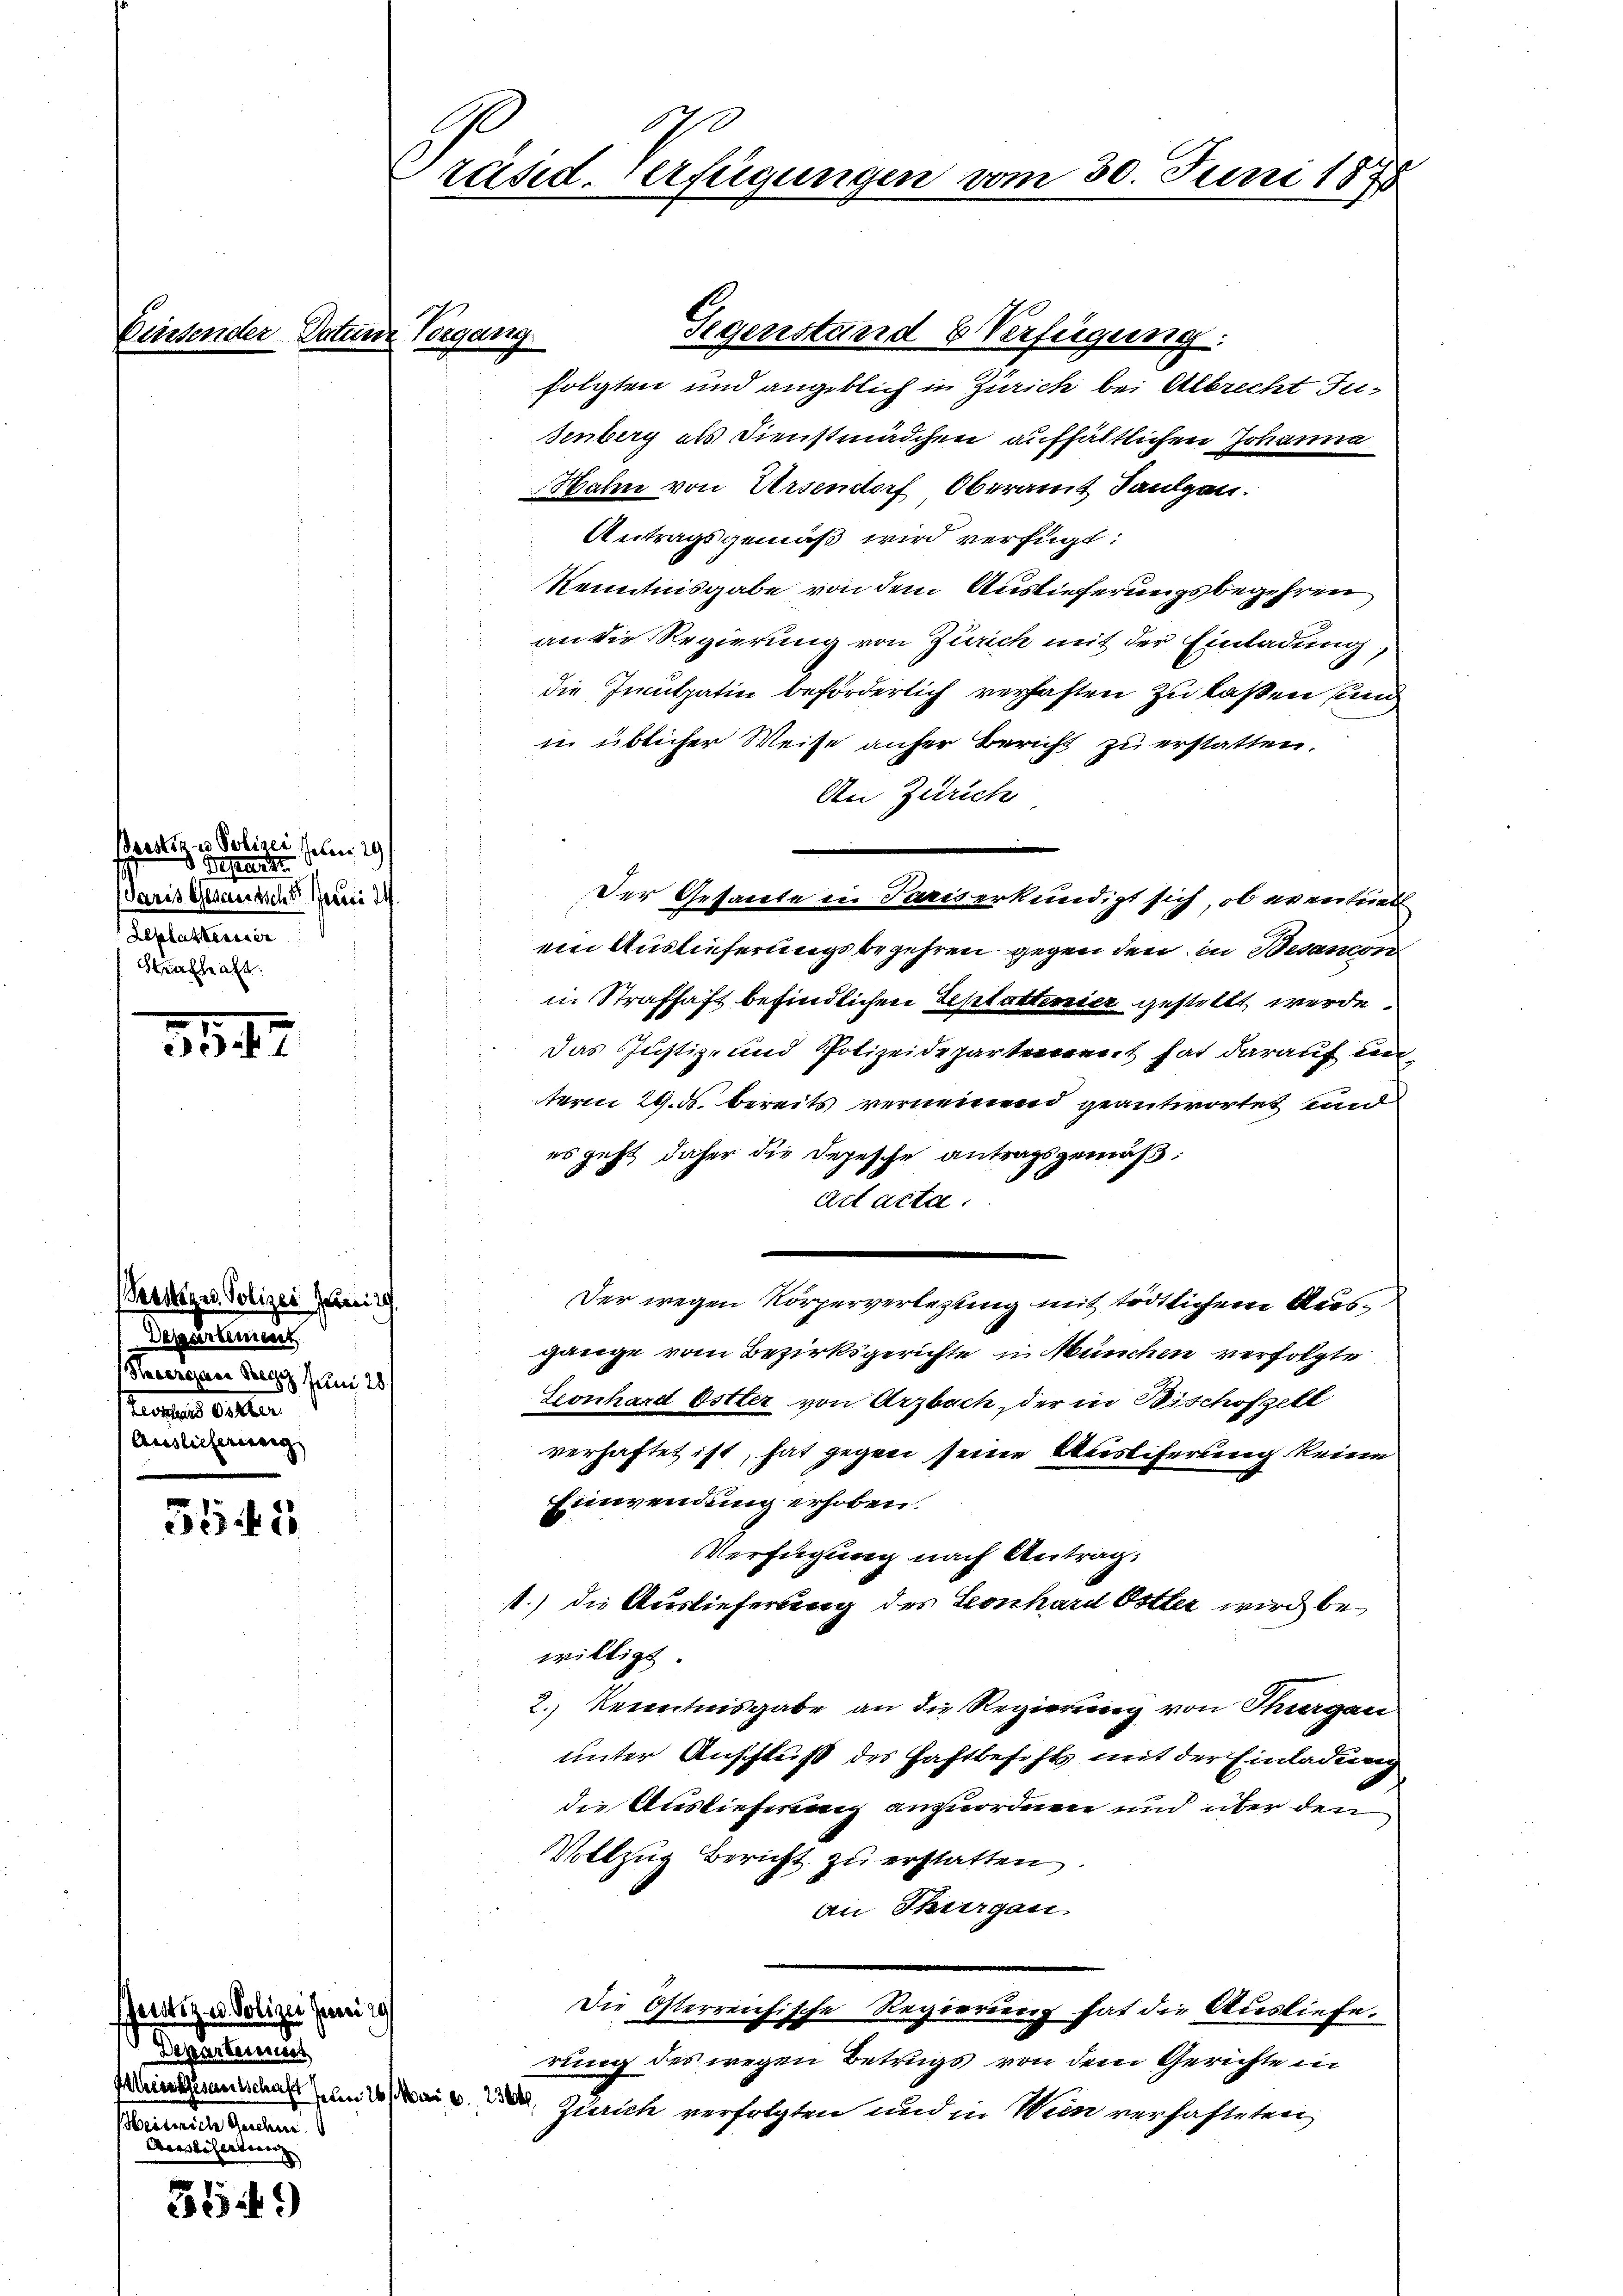
Penn

der

Berster in Polizei Jelen 29
Depart
Paris Gesamtscht. Juni 14
eptationen
Strafhaft.

3547.

Pessige Polizei Juni 19
Departement
Revergan Bregg Juni 28.
ement ellen
Auslicherung

354. 1

Peustiz u. Polizei Junii
Departenus
tenannte heuten
Auisesserling

359)

0
Präsid. Verfügungen vom 30. Juni 1888

Vatane Vorgang

Gegenstand & Verfügung:
folgten und angeblich in Zürich bei Albrecht Jusenberg als Dienstmädchen aufhältlichen Johanna.
Wahn von Versendorf Oberamt Saulgen.
Antragsgemäß wird verfügt:
Kenntnisgabe von dem Auslieferungsbegehren
an die Regierung von Zürich mit der Einladung,
die Inculpatin beförderlich verhaften zu laßen und
in üblicher Weise anfer Bericht zu erstatten.
An Zürich
Der Gesacte in Paris erkundigt sich, ob eventuell
ein Auslieferungsbegehren gegen den in Besamcon
in Strafhaft befindlichen Teplattenier gestellt werde.
das Justiz- und Polizeidepartement hat darauf un
term 29. ds. bereits verneinend geantwortet und
es geht daher die Depesche antragsgemäß,
ad acta.
Der wegen Körperverlegung mit tödtlichem Ausgänge vom Bezirksgerichte in München verfolgte
Exonhard Ostter von Arzbach, der in Bischofzell
verhaftet ist, hat gegen seine Abesliferung keine
Einwendung erhoben.
Verfügung nach Antrag,
1.) die Auslieferung des Leonhard Oster wird bewilligt
2.) Kenntnisgabe an die Regierung von Thurgau
unter Anschluß des Haftbefehls mit der Einladung
die Auslieferung anzuordnen und über den
Vollzug Bericht zu erstatten
An Thurgau
Die Osterreichische Regierung hat die Ausliefe.
rung des wegen Betrugs von dem Gerichte in
Weinsmal am 20. Mai v. o. Zürich verfolgten und in Wein verhafteten,